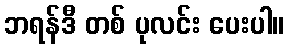
ဘရန်ဒီ တစ် ပုလင်း ပေးပါ။